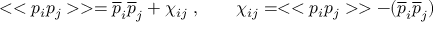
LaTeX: < < p _ { i } p _ { j } > > = { \overline { { p } } } _ { i } { \overline { { p } } } _ { j } + \chi _ { i j } ~ , \qquad \chi _ { i j } = < < p _ { i } p _ { j } > > - ( { \overline { { p } } } _ { i } { \overline { { p } } } _ { j } )